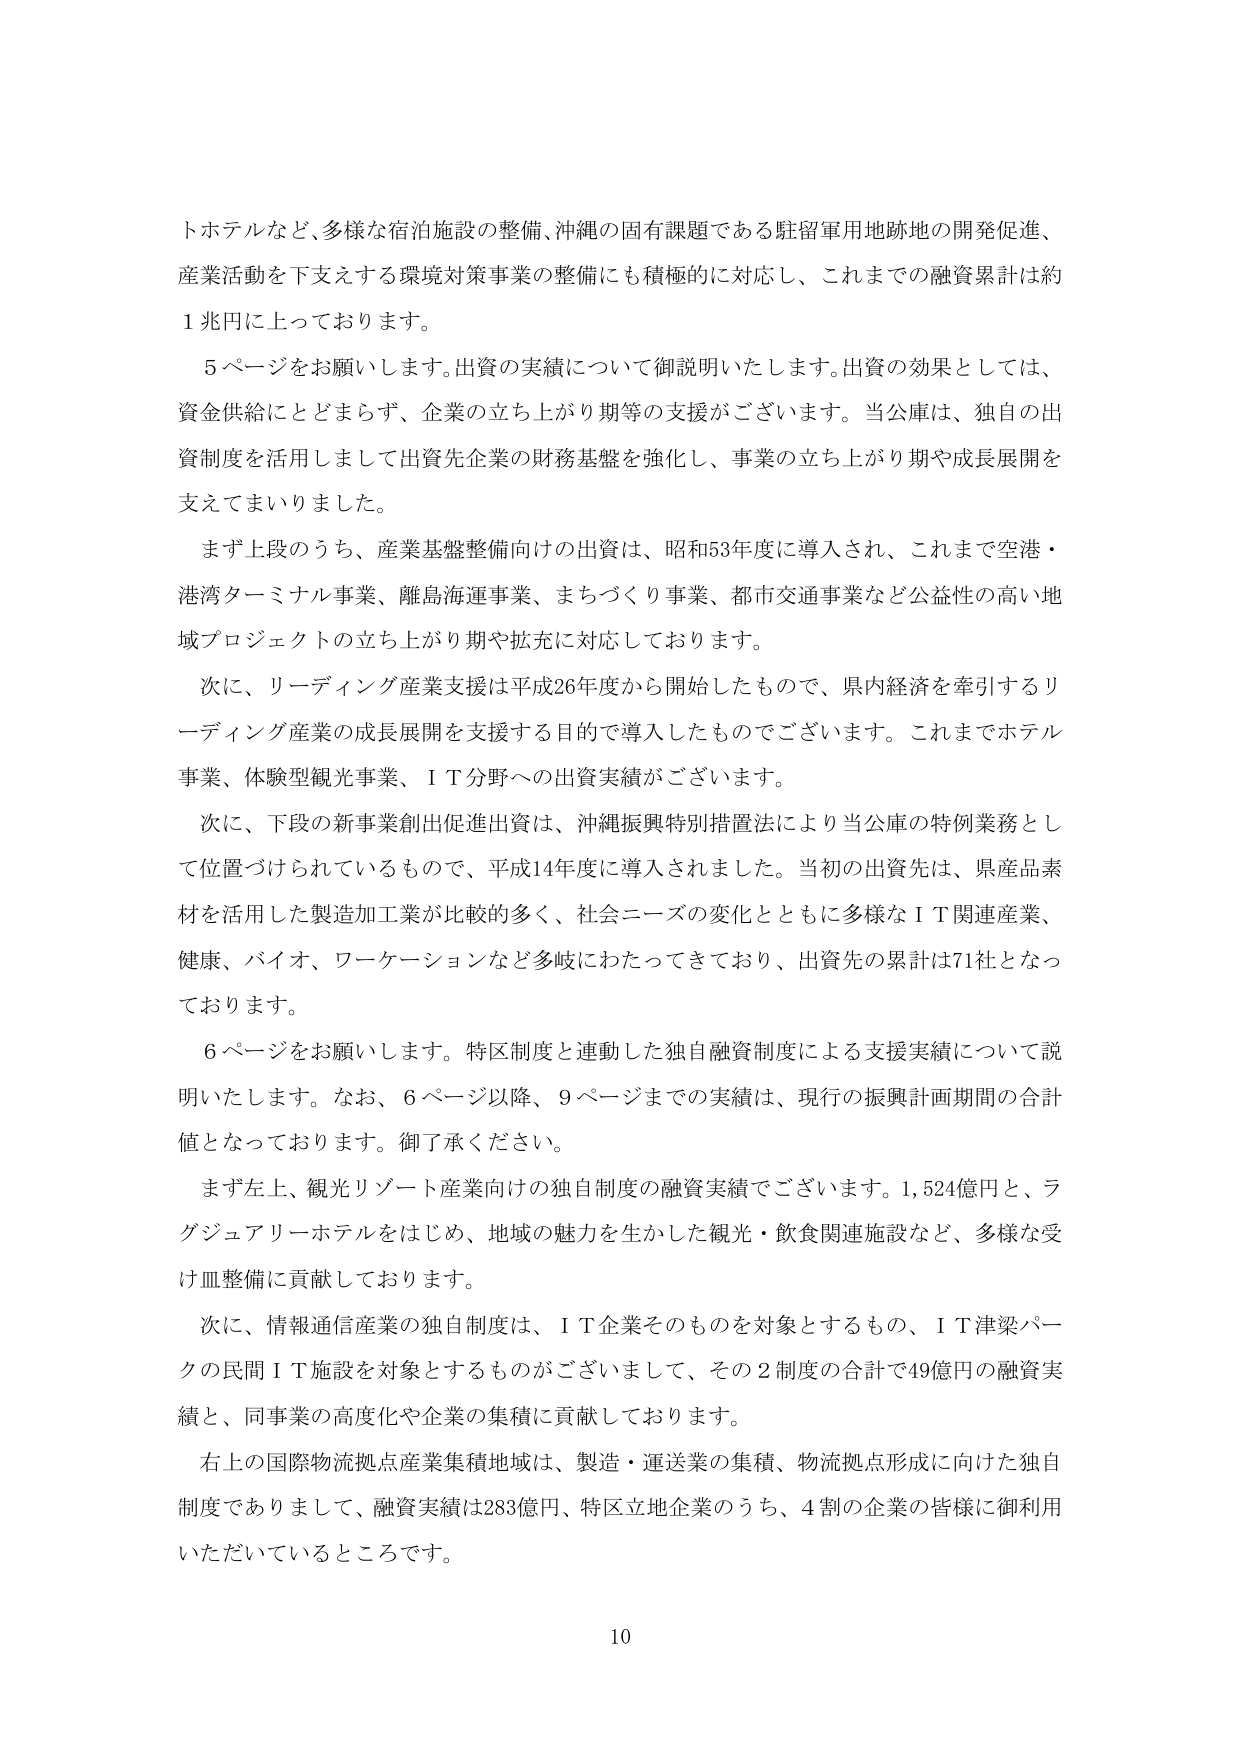
トホテルなど、多様な宿泊施設の整備、沖縄の固有課題である駐留軍用地跡地の開発促進、
産業活動を下支えする環境対策事業の整備にも積極的に対応し、これまでの融資累計は約
1兆円に上っております。

　5ページをお願いします。出資の実績について御説明いたします。出資の効果としては、
資金供給にとどまらず、企業の立ち上がり期等の支援がございます。当公庫は、独自の出
資制度を活用しまして出資先企業の財務基盤を強化し、事業の立ち上がり期や成長展開を
支えてまいりました。

　まず上段のうち、産業基盤整備向けの出資は、昭和53年度に導入され、これまで空港・
港湾ターミナル事業、離島海運事業、まちづくり事業、都市交通事業など公益性の高い地
域プロジェクトの立ち上がり期や拡充に対応しております。

　次に、リーディング産業支援は平成26年度から開始したもので、県内経済を牽引するリ
ーディング産業の成長展開を支援する目的で導入したものでございます。これまでホテル
事業、体験型観光事業、ＩＴ分野への出資実績がございます。

　次に、下段の新事業創出促進出資は、沖縄振興特別措置法により当公庫の特例業務とし
て位置づけられているもので、平成14年度に導入されました。当初の出資先は、県産品素
材を活用した製造加工業が比較的多く、社会ニーズの変化とともに多様なＩＴ関連産業、
健康、バイオ、ワーケーションなど多岐にわたってきており、出資先の累計は71社となっ
ております。

　6ページをお願いします。特区制度と連動した独自融資制度による支援実績について説
明いたします。なお、6ページ以降、9ページまでの実績は、現行の振興計画期間の合計
値となっております。御了承ください。

　まず左上、観光リゾート産業向けの独自制度の融資実績でございます。1,524億円と、ラ
グジュアリーホテルをはじめ、地域の魅力を生かした観光・飲食関連施設など、多様な受
け皿整備に貢献しております。

　次に、情報通信産業の独自制度は、ＩＴ企業そのものを対象とするもの、ＩＴ津梁パー
クの民間ＩＴ施設を対象とするものがございまして、その2制度の合計で49億円の融資実
績と、同事業の高度化や企業の集積に貢献しております。

　右上の国際物流拠点産業集積地域は、製造・運送業の集積、物流拠点形成に向けた独自
制度でありまして、融資実績は283億円、特区立地企業のうち、4割の企業の皆様に御利用
いただいているところです。

10